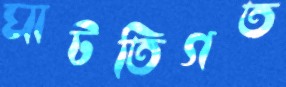
ঘাটতিগত